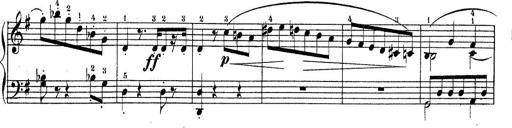
Title: Piano Sonatine No.2
Composer: Peter Piel
Key: G major